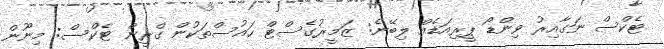
ޓެކްސް ނަގާއިރު ވިންޑޯ ޕީރިއަޑެއް ލިބޭނެ: ޒަމީރުގެސްޓް ހައުސްތަކުން ގްރީން ޓެކްސް: މިނޫން